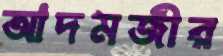
আদমজীর